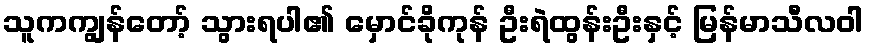
သူကကျွန်တော့် သွားရပါ၏ မှောင်ခိုကုန် ဦးရဲထွန်းဦးနှင့် မြန်မာသီလဝါ